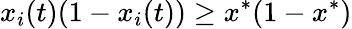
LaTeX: x_{i}(t)(1-x_{i}(t))\geq x^{*}(1-x^{*})